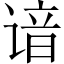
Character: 谙